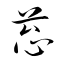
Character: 蔥